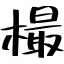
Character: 樶